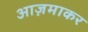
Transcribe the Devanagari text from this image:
आज़माकर